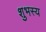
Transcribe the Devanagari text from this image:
शुभस्य